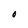
Character: O